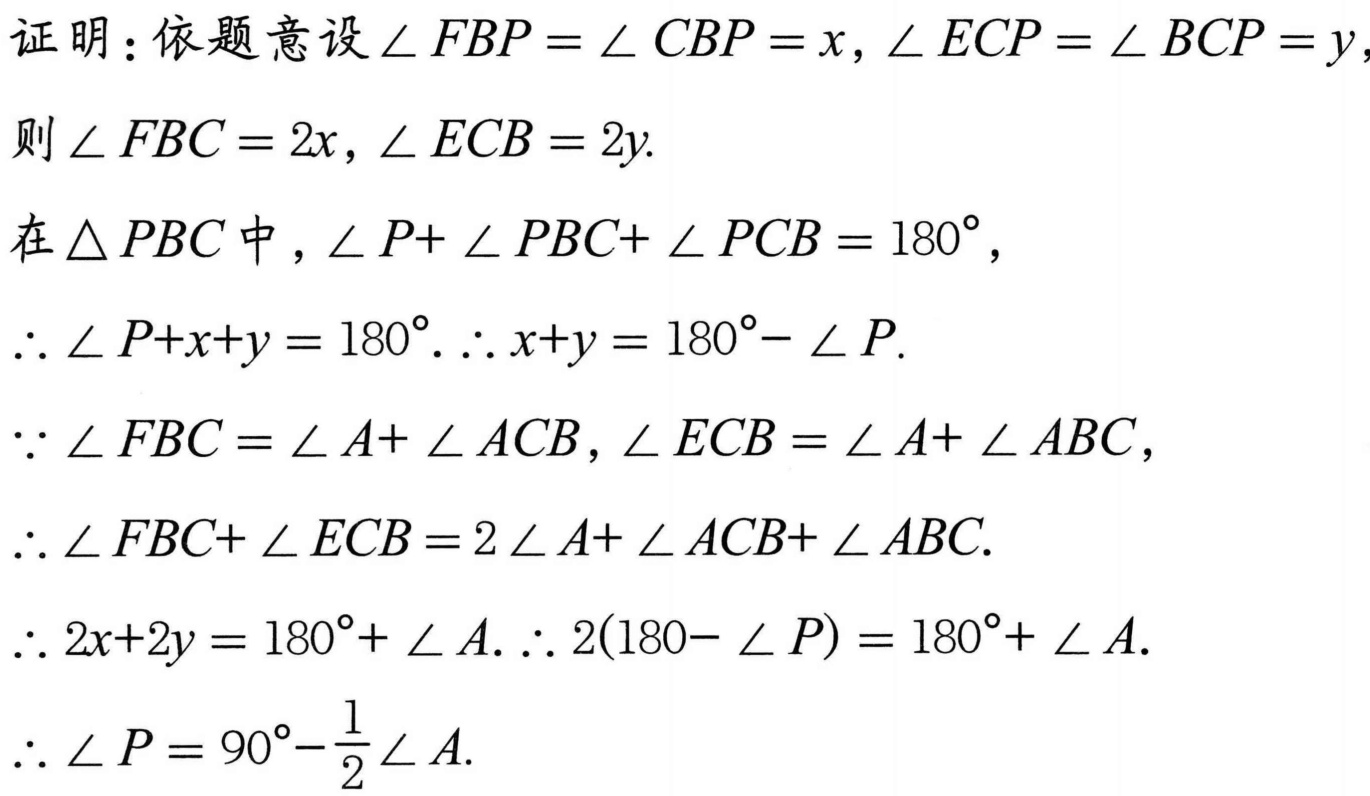
证明：依题意设\(\angle FBP = \angle CBP = x\)，\(\angle ECP = \angle BCP = y\)，
则\(\angle FBC = 2x\)，\(\angle ECB = 2y\).

在\(\triangle PBC\)中，\(\angle P+ \angle PBC+ \angle PCB = 180^{\circ}\)，
\(\therefore \angle P+x+y = 180^{\circ}\). \(\therefore x+y = 180^{\circ}- \angle P\).

\(\because \angle FBC = \angle A+ \angle ACB\)，\(\angle ECB = \angle A+ \angle ABC\)，
\(\therefore \angle FBC+ \angle ECB = 2 \angle A+ \angle ACB+ \angle ABC\).

\(\therefore 2x+2y = 180^{\circ}+ \angle A\). \(\therefore 2(180- \angle P) = 180^{\circ}+ \angle A\).

\(\therefore \angle P = 90^{\circ}-\frac{1}{2} \angle A\).